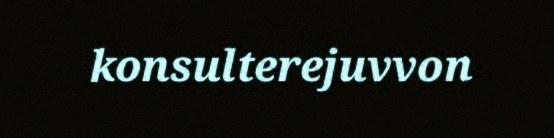
konsulterejuvvon